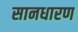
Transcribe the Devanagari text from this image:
सानधारण